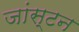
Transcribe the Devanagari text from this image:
जांस्टन